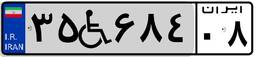
۳۵W۶۸۴۰۸